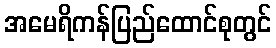
အမေရိကန်ပြည်ထောင်စုတွင်